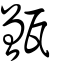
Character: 甑